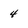
Character: 4